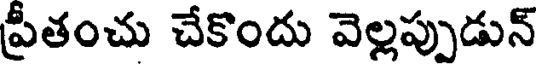
ప్రీతంచు చేకొందు వెల్లప్పుడున్